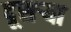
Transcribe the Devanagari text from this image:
दूसऱ्या